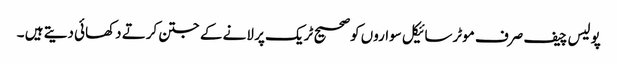
پولیس چیف صرف موٹرسائیکل سواروں کوصحیح ٹریک پر لانے کے جتن کرتے دکھائی دیتے ہیں ۔